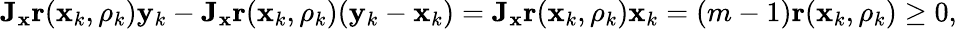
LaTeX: \mathbf{J_{x}r}(\mathbf{x}_{k},\rho_{k})\mathbf{y}_{k}-\mathbf{J_{x}r}(\mathbf{x}_{k},\rho_{k})(\mathbf{y}_{k}-\mathbf{x}_{k})=\mathbf{J_{x}r}(\mathbf{x}_{k},\rho_{k})\mathbf{x}_{k}=(m-1)\mathbf{r}(\mathbf{x}_{k},\rho_{k})\geq 0,